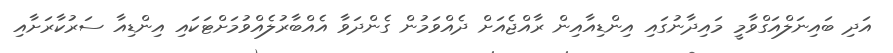
އަދި ބައިނަލްއަގްވާމީ މައިދާނުގައި އިންޑިއާއިން ރާއްޖެއަށް ދެއްވަމުން ގެންދަވާ އެއްބާރުލެއްވުމަށްޓަކައި އިންޑިއާ ސަރުކާރަށާއި